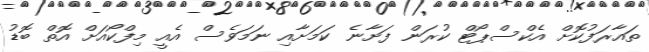
ތައާރަފުކޮށް އެކްސްޕޯޓް ކުރަން ފަށާނެ ކަމަށާއި ނަމަވެސް އެއީ މިފްކޯއަށް އޮތް ބޮޑު